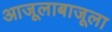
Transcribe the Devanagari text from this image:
आजूलाबाजूला